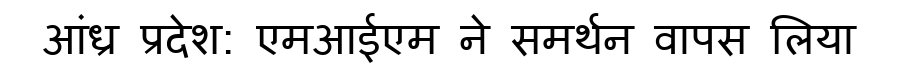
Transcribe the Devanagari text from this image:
आंध्र प्रदेश: एमआईएम ने समर्थन वापस लिया